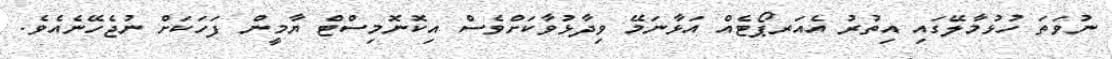
ނުވަތަ ހުޅުމާލޭގައި އިތުރު އެއަރޕޯޓެއް އަޅާނަމޭ ވިދާޅުވާކަށްވެސް އިކޮނޮމިސްޓް ޔާމީން ފަހަކަށް ނުޖެހޭނެއެވެ.